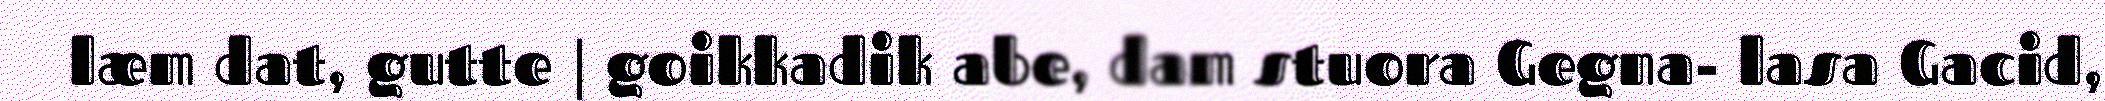
læm dat, gutte | goikkadik abe, dam stuora Gegna- lasa Gacid,